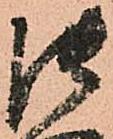
御